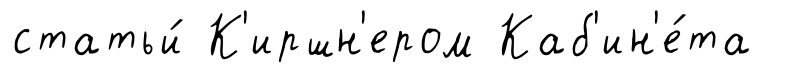
статьи́ К'иршн'ером Каб'ин'е́та